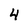
Character: 4